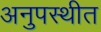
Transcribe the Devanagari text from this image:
अनुपस्थीत